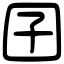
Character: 囝